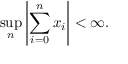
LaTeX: \operatorname* { s u p } _ { n } \left\vert \sum _ { i = 0 } ^ { n } x _ { i } \right\vert < \infty .